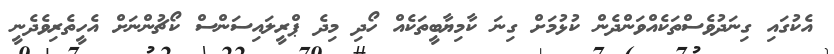
އެކުގައި ގިނަދުވެސްތަކެއްވަންދެން ކުޅުމަށް ގިނަ ކާމިޔާބީތަކެއް ހޯދި މިދެ ޕްރީލައިސަންސް ކޯޗުންނަށް އެހީތެރިވެދެނީ